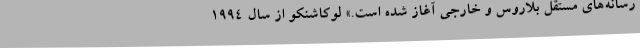
رسانه‌های مستقل بلاروس و خارجی آغاز شده است.» لوکاشنکو از سال 1994